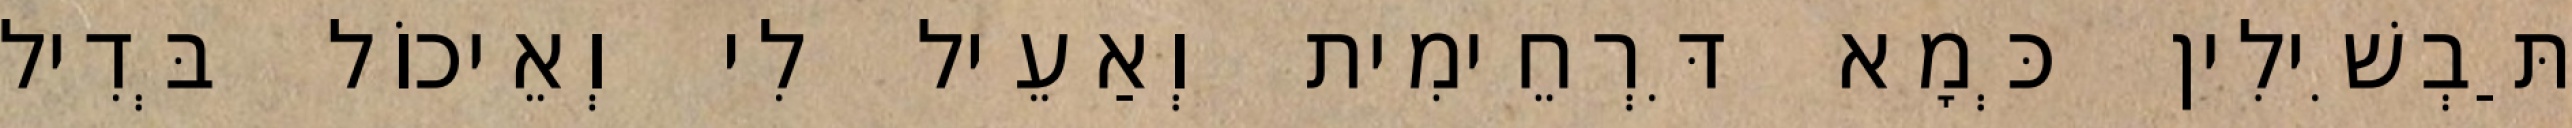
תַּבְשִׁילִין כְּמָא דִּרְחֵימִית וְאַעֵיל לִי וְאֵיכוֹל בְּדִיל